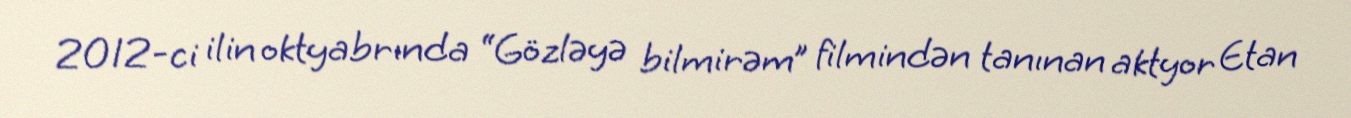
2012-ci ilin oktyabrında “Gözləyə bilmirəm” filmindən tanınan aktyor Etan